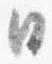
日